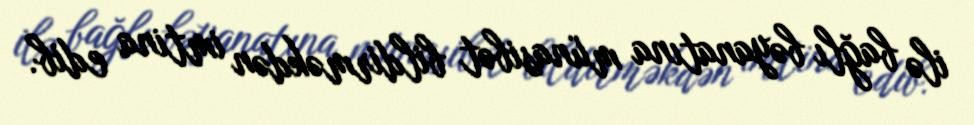
ilə bağlı bəyanatına münasibət bildirməkdən imtina edib.